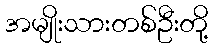
အမျိုးသားတစ်ဦးတို့